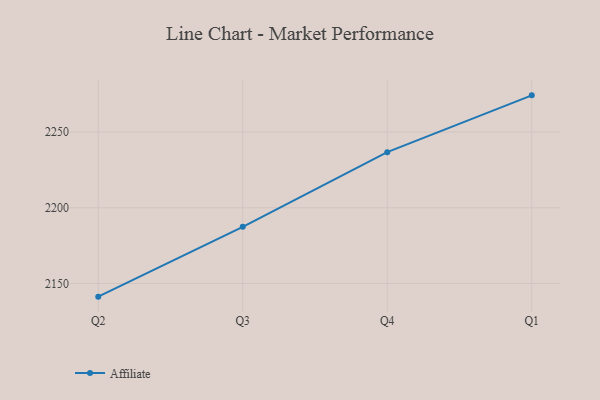
{"axis": {"x": "Quarter", "y": "Churn Rate (%)"}, "legend": ["Affiliate"], "data": [{"x": "Q2", "y": 2141.3, "type": "Affiliate"}, {"x": "Q3", "y": 2187.4, "type": "Affiliate"}, {"x": "Q4", "y": 2236.7, "type": "Affiliate"}, {"x": "Q1", "y": 2274.2, "type": "Affiliate"}]}